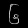
Digit: ၆